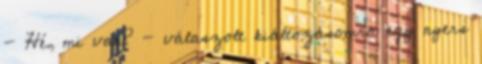
- Hé, mi van? - válaszolt kiáltozásomra egy nyers